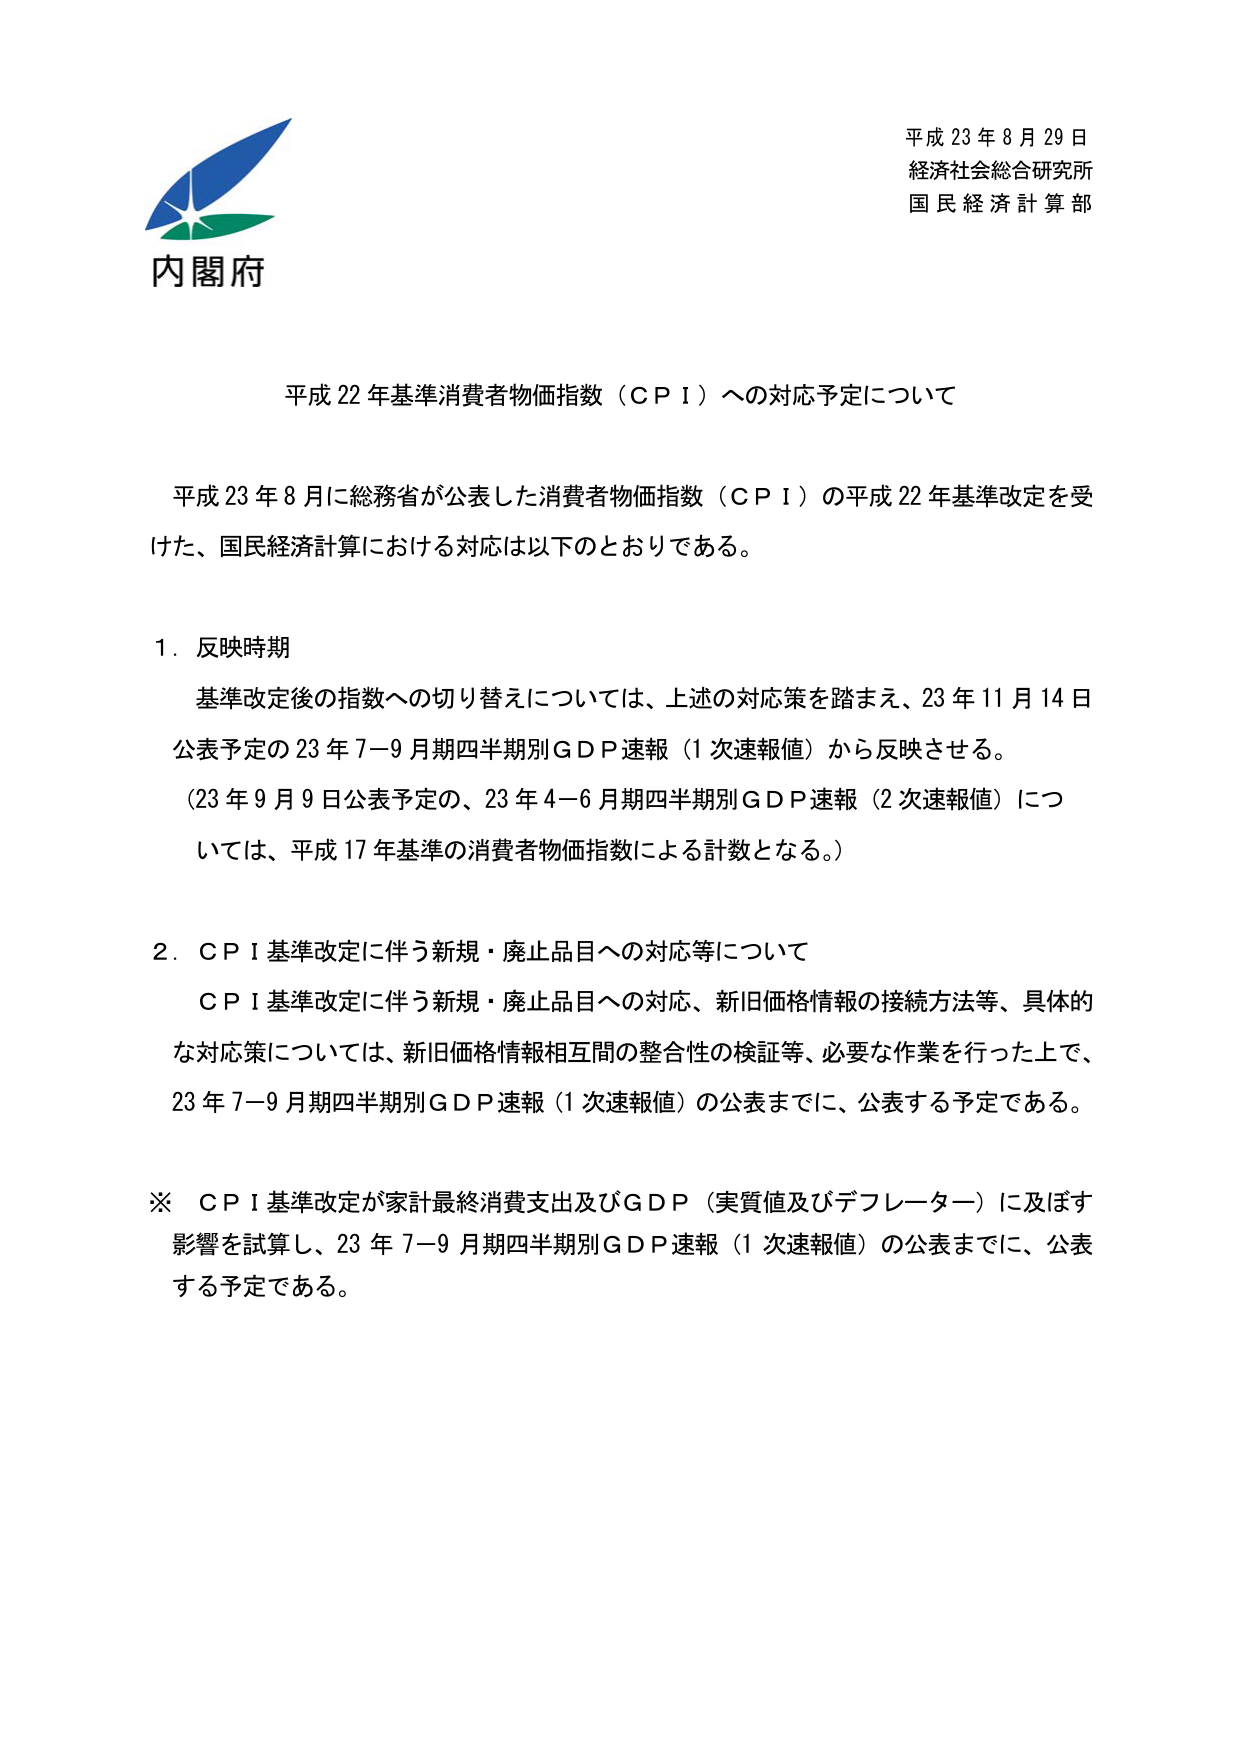
平成 23 年 8 月 29 日
経済社会総合研究所
国民経済計算部

内閣府

平成 22 年基準消費者物価指数（ＣＰＩ）への対応予定について

平成 23 年 8 月に総務省が公表した消費者物価指数（ＣＰＩ）の平成 22 年基準改定を受けた、国民経済計算における対応は以下のとおりである。

1．反映時期
　基準改定後の指数への切り替えについては、上述の対応策を踏まえ、23 年 11 月 14 日公表予定の 23 年 7－9 月期四半期別ＧＤＰ速報（1 次速報値）から反映させる。
　（23 年 9 月 9 日公表予定の、23 年 4－6 月期四半期別ＧＤＰ速報（2 次速報値）については、平成 17 年基準の消費者物価指数による計数となる。）

2．ＣＰＩ基準改定に伴う新規・廃止品目への対応等について
　ＣＰＩ基準改定に伴う新規・廃止品目への対応、新旧価格情報の接続方法等、具体的な対応策については、新旧価格情報相互間の整合性の検証等、必要な作業を行った上で、23 年 7－9 月期四半期別ＧＤＰ速報（1 次速報値）の公表までに、公表する予定である。

※ ＣＰＩ基準改定が家計最終消費支出及びＧＤＰ（実質値及びデフレーター）に及ぼす影響を試算し、23 年 7－9 月期四半期別ＧＤＰ速報（1 次速報値）の公表までに、公表する予定である。